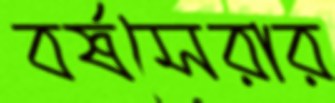
বর্ষসেরার